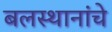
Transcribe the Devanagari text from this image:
बलस्थानांचे